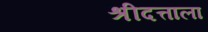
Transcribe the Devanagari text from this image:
श्रीदत्ताला